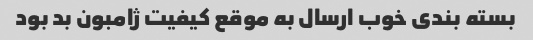
بسته بندی خوب ارسال به موقع کیفیت ژامبون بد بود